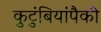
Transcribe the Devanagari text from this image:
कुटुंबियांपैकी